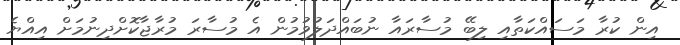
އިން ކުރާ މަސައްކަތާއި ލިބޭ މުސާރައާ ނުބައްދަލުވުމުން އެ މުސާރަ މުރާޖާކޮށްދިނުމަށް އިއްޔެ